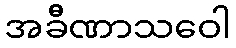
အခီဏာသဝေါ